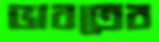
ভারতের